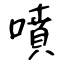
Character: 噴